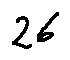
2 6